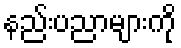
နည်းပညာများကို